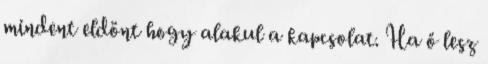
mindent eldönt hogy alakul a kapcsolat. Ha ő lesz